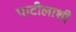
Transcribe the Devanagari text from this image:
पाटीलाशी